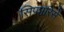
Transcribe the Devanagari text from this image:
सिफारिसें